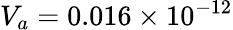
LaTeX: V_{a}=0.016\times 10^{-12}